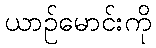
ယာဉ်မောင်းကို